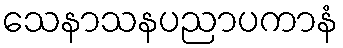
သေနာသနပညာပကာနံ